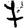
Digit: 7